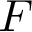
\boldsymbol { F }